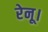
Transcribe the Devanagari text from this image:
रेनू।